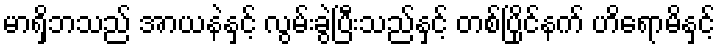
မာရှိဘသည် အာယနဲနှင့် လွမ်းခွဲပြီးသည်နှင့် တစ်ပြိုင်နက် ဟိရောမိနှင့်